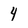
Character: 4